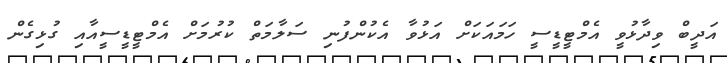
އަދީބް ވިދާޅުވީ އެމްޓީޑީސީ ހަމައަކަށް އަޅުވާ އެކުންފުނި ސަލާމަތް ކުރުމަށް އެމްޓީޑީސީއާއި ގުޅިގެން